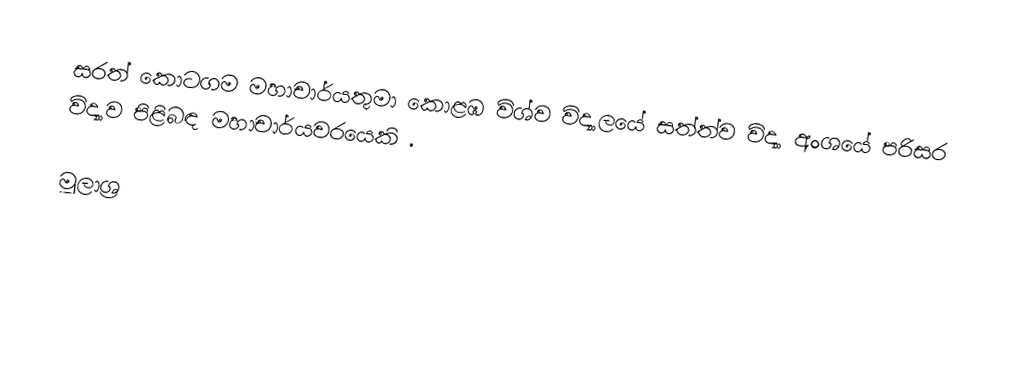
සරත් කොටගම මහාචාර්යතුමා කොළඹ විශ්ව විද්‍යාලයේ සත්ත්ව විද්‍යා අංශයේ පරිසර විද්‍යාව පිළිබඳ මහාචාර්යවරයෙකි .

මූලාශ්‍ර